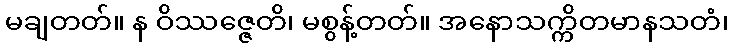
မချတတ်။ န ဝိဿဇ္ဇေတိ၊ မစွန့်တတ်။ အနောသက္ကိတမာနသတံ၊